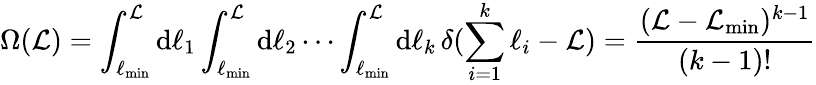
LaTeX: \Omega(\mathcal{L})=\int_{\ell_{\mathrm{min}}}^{\mathcal{L}}\mathrm{d}\ell_{1}\int_{\ell_{\mathrm{min}}}^{\mathcal{L}}\mathrm{d}\ell_{2}\cdots\int_{\ell_{\mathrm{min}}}^{\mathcal{L}}\mathrm{d}\ell_{k}\, \delta(\sum_{i=1}^{k}\ell_{i}-\mathcal{L})=\frac{(\mathcal{L}-\mathcal{L}_{\mathrm{min}})^{k-1}}{(k-1)!}